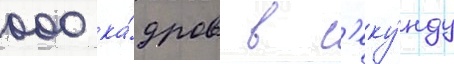
000 ка́дров в с'еку́нду